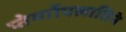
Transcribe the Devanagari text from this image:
प्तेर्य्गोपलातिने